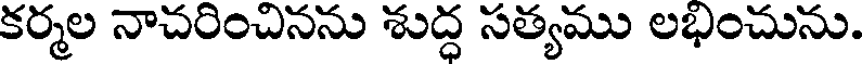
కర్మల నాచరించినను శుద్ధ సత్యము లభించును.